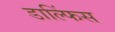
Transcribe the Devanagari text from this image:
डाल्फिंस